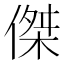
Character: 傑